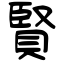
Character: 賢